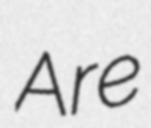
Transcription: Are